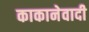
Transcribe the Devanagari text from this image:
काकानेवादी